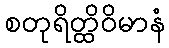
စတုရိတ္ထိဝိမာနံ